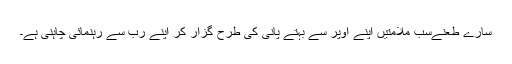
سارے طعنےسب ملامتیں اپنے اوپر سے بہتے پانی کی طرح گُزار کر اپنے رب سے رہنمائی چاہنی ہے۔